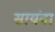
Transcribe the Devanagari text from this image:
सायंबा